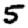
Digit: 5